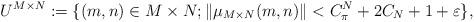
LaTeX: \begin{align*}U^{M \times N} := \{(m, n) \in M \times N; \|\mu_{M\times N}(m, n) \| < C^N_{\pi} + 2C_N + 1 + \varepsilon\},\end{align*}